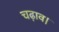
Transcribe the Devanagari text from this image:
चढ़ाव।